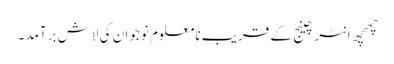
چھچھ انٹرچینج کے قریب نامعلوم نوجوان کی لاش برآمد ۔